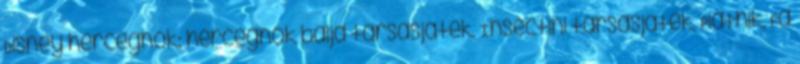
Disney hercegnők: hercegnők bálja társasjáték, Insectini társasjáték, Piatnik, Fa